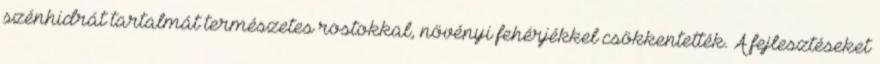
szénhidrát tartalmát természetes rostokkal, növényi fehérjékkel csökkentették. A fejlesztéseket